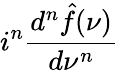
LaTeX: i^{n}{\frac{d^{n}{\hat{f}}(\nu)}{d\nu^{n}}}